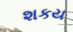
શકય